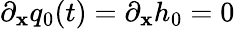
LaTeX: \partial_{\mathbf{x}}q_{0}(t)=\partial_{\mathbf{x}}h_{0}=0